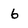
Character: 6